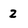
Character: Z